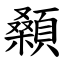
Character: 顙